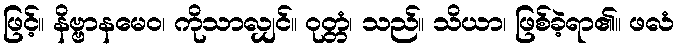
ဖြင့်။ နိဗ္ဗာနမေဝ၊ ကိုသာလျှင်။ ဝုတ္တံ၊ သည်။ သိယာ၊ ဖြစ်ခဲ့ရာ၏။ ဖလံ